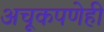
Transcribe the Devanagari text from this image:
अचूकपणेही